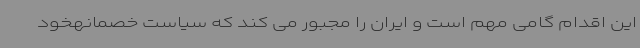
این اقدام گامی مهم است و ایران را مجبور می کند که سیاست خصمانهخود